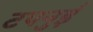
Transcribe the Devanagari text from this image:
टपनुई